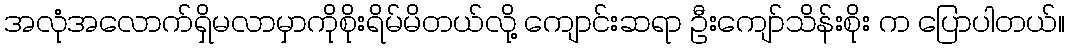
အလုံအလောက်ရှိမလာမှာကိုစိုးရိမ်မိတယ်လို့ ကျောင်းဆရာ ဦးကျော်သိန်းစိုး က ပြောပါတယ်။